Burma Government Medical School reports 1923-41
Year: 1923
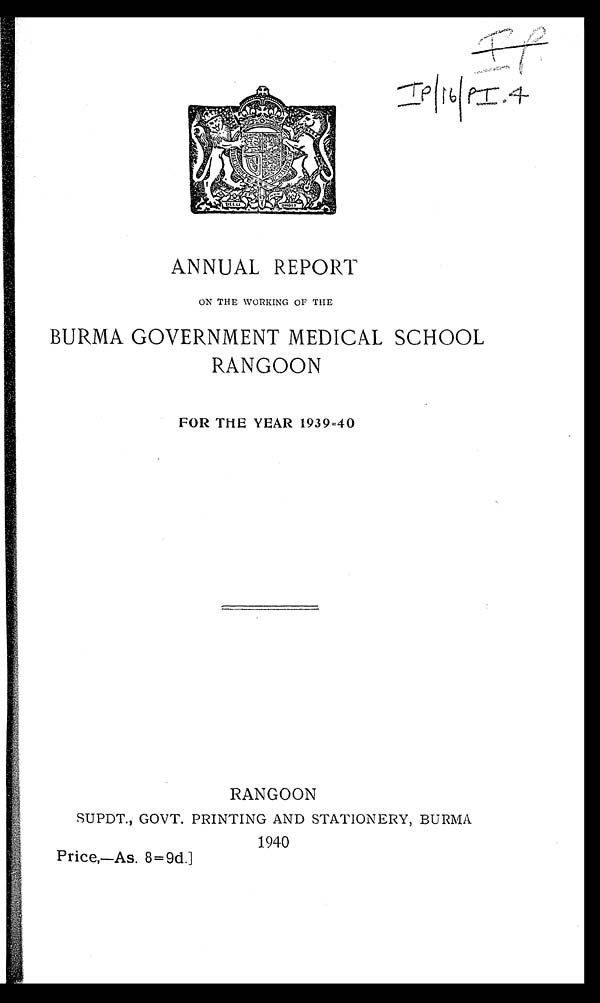
IP/16/PI.
4
ANNUAL REPORT
ON THE WORKING OF THE
BURMA GOVERNMENT MEDICAL SCHOOL
RANGOON
FOR THE YEAR 1939-40
RANGOON
SUPDT., GOVT. PRINTING AND STATIONERY, BURMA
1940
Price,—As. 8=9d.]